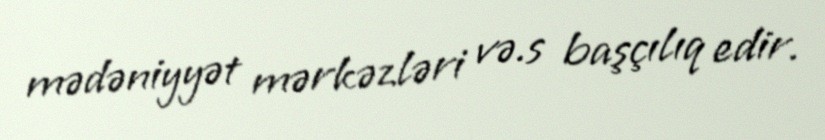
mədəniyyət mərkəzləri və.s başçılıq edir.